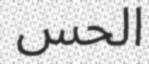
الحس